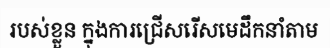
របស់ខ្លួន ក្នុងការជ្រើសរើសមេដឹកនាំតាម